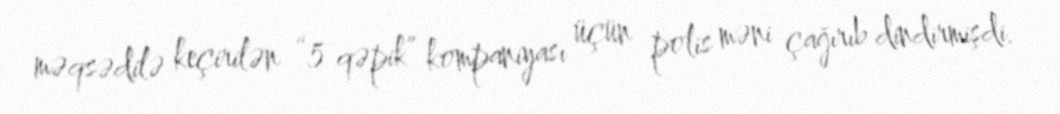
məqsədilə keçirilən “5 qəpik” kompaniyası üçün polis məni çağırıb dindirmişdi.